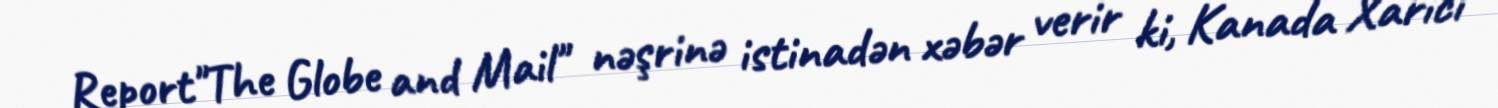
Report"The Globe and Mail" nəşrinə istinadən xəbər verir ki, Kanada Xarici